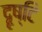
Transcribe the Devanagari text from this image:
दॄ्ष्टि